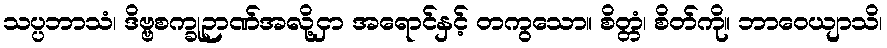
သပ္ပဘာသံ၊ ဒိဗ္ဗစက္ခုဉာဏ်အလို့ငှာ အရောင်နှင့် တကွသော။ စိတ္တံ၊ စိတ်ကို။ ဘာဝေယျာသိ၊